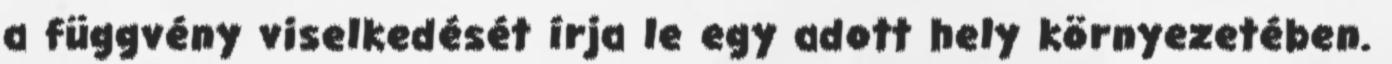
a függvény viselkedését írja le egy adott hely környezetében.